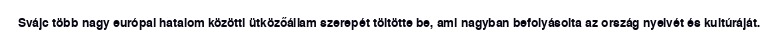
Svájc több nagy európai hatalom közötti ütközőállam szerepét töltötte be, ami nagyban befolyásolta az ország nyelvét és kultúráját.